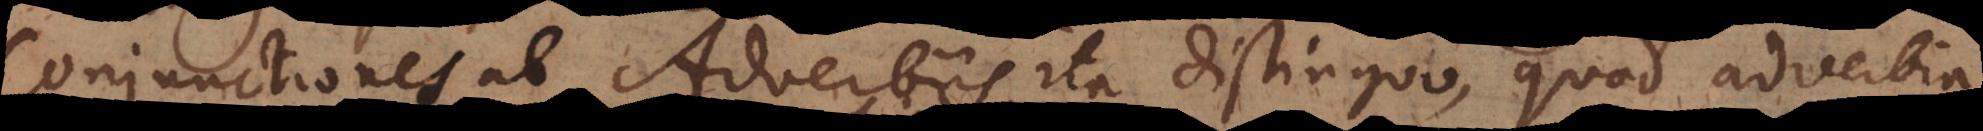
Conjunctiones ab Adverbiis ita distinguo, quod adverbia